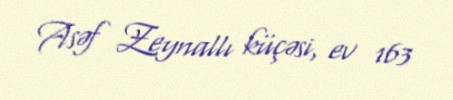
Asəf Zeynallı küçəsi, ev 163